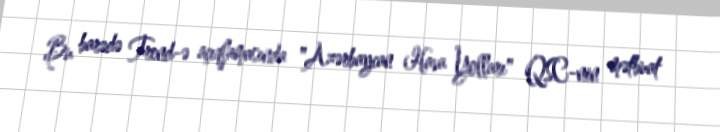
Bu barədə Trend-ə açıqlamasında "Azərbaycan Hava Yolları" QSC-nin mətbuat